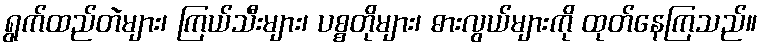
ရွက်ထည်တဲများ၊ ကြယ်သီးများ၊ ပစ္စတိုများ၊ ဓားလွယ်များကို ထုတ်နေကြသည်။